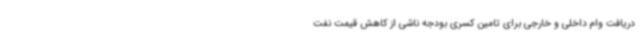
دریافت وام داخلی و خارجی برای تامین کسری بودجه ناشی از کاهش قیمت نفت